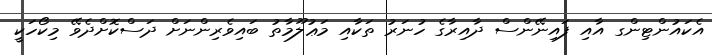
އެކައުންޓިންގ އާއި ފައިނޭންސް ދާއިރާގެ ހުނަރު ތަކާއި މަޢުލޫމާތު ބައިވެރިންނަށް ދަސްކޮށްދެވޭ މިކޯހަކީ